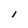
Character: l